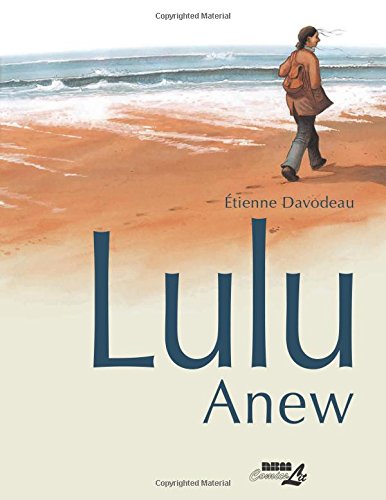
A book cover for Lulu Anew; ÃEtienne Davodeau; Comics & Graphic Novels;